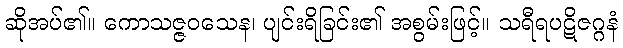
ဆိုအပ်၏။ ကောသဇ္ဇဝသေန၊ ပျင်းရိခြင်း၏ အစွမ်းဖြင့်။ သရီရပဋိဇဂ္ဂနံ